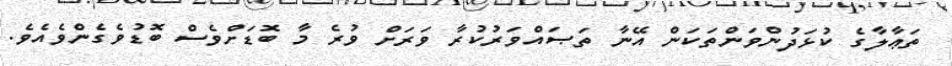
ތަޢާލާގެ ކުޅަދުންވަންތަކަން އޭނާ ތަޞައްވަރުކުރާ ވަރަށް ވުރެ މާ ބޮޑަށްވެސް ބޮޑުވެގެންވެއެވެ.